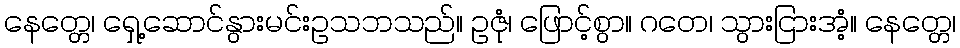
နေတ္တေ၊ ရှေ့ဆောင်နွားမင်းဥသဘသည်။ ဥဇုံ၊ ဖြောင့်စွာ။ ဂတေ၊ သွားငြားအံ့။ နေတ္တေ၊